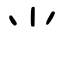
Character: ⺌